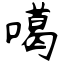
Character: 噶